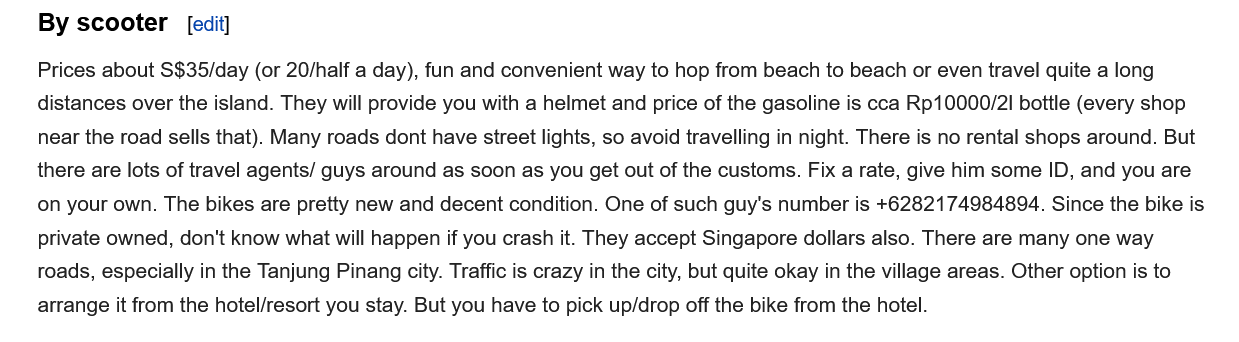
By  scooter
    Prices about S$35/day (or 20/half a day), fun and convenient way to hop from beach to beach or even travel quite a long
    distances over the island. They will provide you with a helmet and price of the gasoline is cca Rp10000/2I bottle (every shop
    near the road sells that). Many roads dont have street lights, so avoid travelling in night. There is no rental shops around. But
    there are lots of travel agents/ guys around as soon as you get out of the customs. Fix a rate, give him some ID, and you are
    on your own. The bikes are pretty new and decent condition. One of such guy's number is +6282174984894. Since the bike is
    private owned, don't know what will happen if you crash it. They accept Singapore dollars also. There are many one way
    roads, especially in the Tanjung Pinang city. Traffic is crazy in the city, but quite okay in the village areas. Other option is to
    arrange it from the hotel/resort you stay. But you have to pick up/drop off the bike from the hotel.
     [edit]